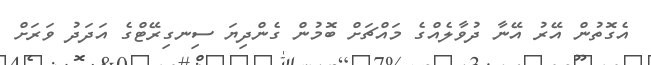
އެގޮތުން އޭރު އޭނާ ދުވާލެއްގެ މައްޗަށް ބޮމުން ގެންދިޔަ ސިނގިރޭޓްގެ އަދަދު ވަރަށް